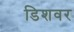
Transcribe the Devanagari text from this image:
डिशवर